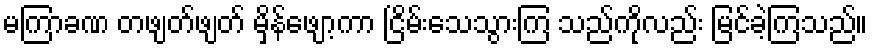
မကြာခဏ တဖျတ်ဖျတ် မှိန်ဖျော့ကာ ငြိမ်းသေသွားကြ သည်ကိုလည်း မြင်ခဲ့ကြသည်။